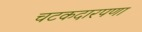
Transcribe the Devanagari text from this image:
चटकदारपणा